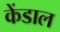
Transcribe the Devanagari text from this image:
केंडाल